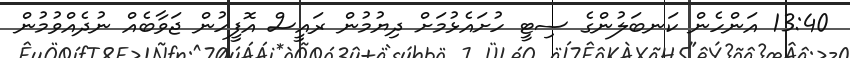
13:40 އަންހެން ކަނބަލުންގެ ސިޓީ ހުށައެޅުމަށް ދިޔުމުން ރައީސް އޮފީހުން ޖަވާބެއް ނުދެއްވުމުން